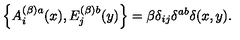
\left\{ A _ { i } ^ { ( \beta ) a } ( x ) , E _ { j } ^ { ( \beta ) b } ( y ) \right\} = \beta \delta _ { i j } \delta ^ { a b } \delta ( x , y ) .